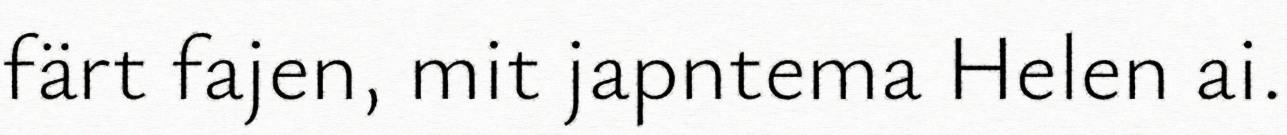
färt fajen, mit japntema Helen ai.